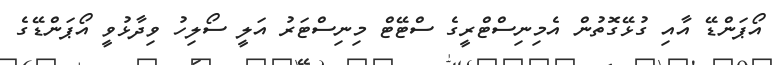
އޯޕަންޑޭ އާއި ގުޅޭގޮތުން އެމިނިސްޓްރީގެ ސްޓޭޓް މިނިސްޓަރު އަލީ ސޯލިހު ވިދާޅުވީ އޯޕަންޑޭގެ